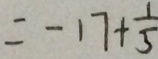
= - 1 7 + \frac { 1 } { 5 }